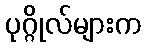
ပုဂ္ဂိုလ်များက